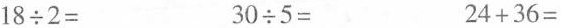
$$1 8 \div 2 =$$ $$3 0 \div 5 =$$ $$2 4 + 3 6 =$$